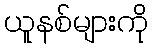
ယူနစ်များကို